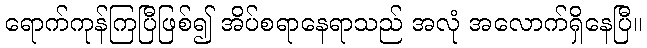
ရောက်ကုန်ကြပြီဖြစ်၍ အိပ်စရာနေရာသည် အလုံ အလောက်ရှိနေပြီ။